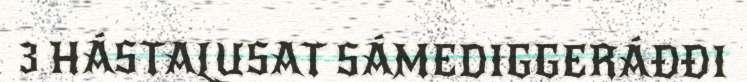
3 HÁSTALUSAT SÁMEDIGGERÁĐĐI